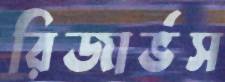
রিজার্ভস